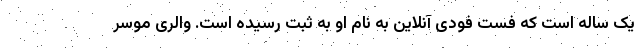
یک ساله است که فست فودی آنلاین به نام او به ثبت رسیده است. والری موسر